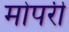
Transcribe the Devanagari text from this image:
मोपरी